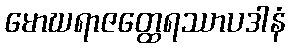
မောဃရာဇတ္ထေရဿာပဒါနံ